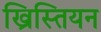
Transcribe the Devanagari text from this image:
ख्रिस्तियन